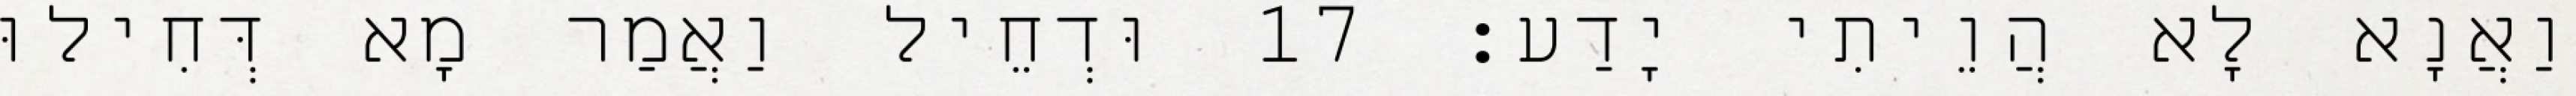
וַאֲנָא לָא הֲוֵיתִי יָדַע׃ 17 וּדְחֵיל וַאֲמַר מָא דְּחִילוּ